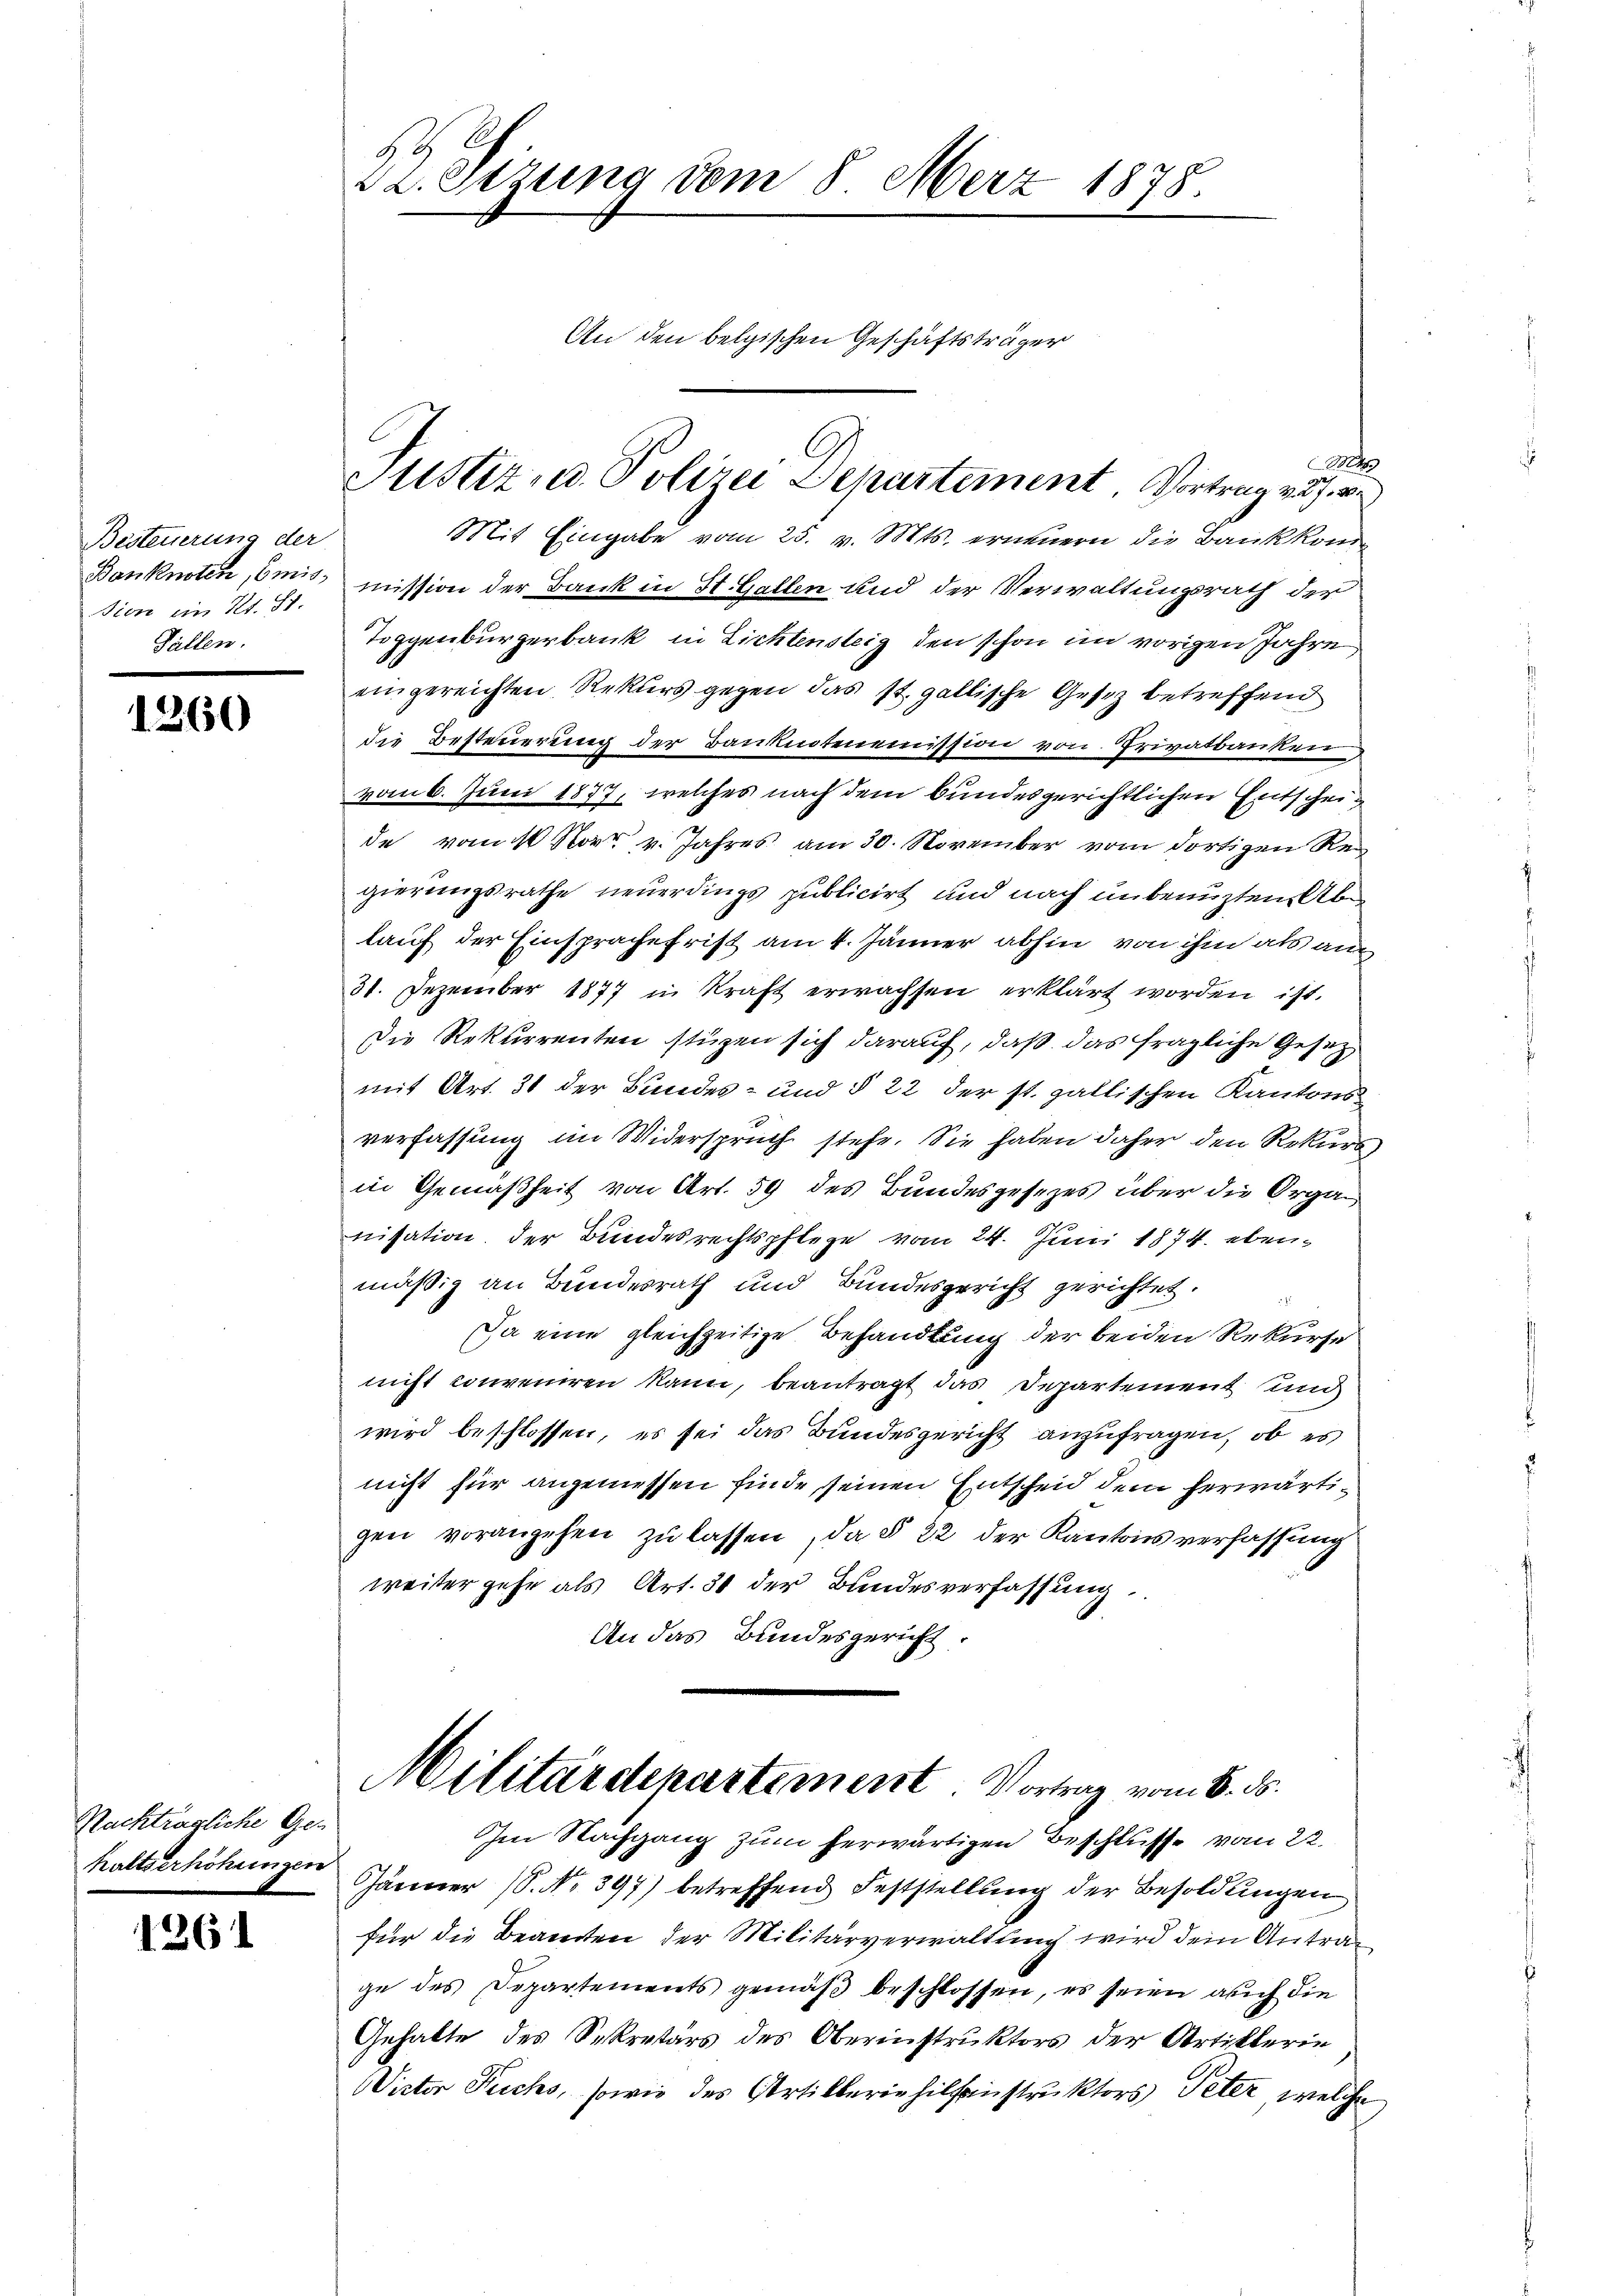
Besteuerung der
sien im Kt. St.
Fällen.

1260

Nackträgliche Ges
haltserhöhungen

1261

22. Sizung vom 8. Merz 1878.

An den belgischen Geschäftsträger

t
Mit Eingabe vom 25. v. Mts. erneuern die Bankkom¬
Banknoten, Emis, mission der Bank in St. Gallen und der Verwaltungsrath der
Toggenburgerbank in Lichtensteig, den schon im vorigen Jahre
eingereichten Rekurs gegen das st. gallische Gesez betreffend
die Besteuerung der Banknotenemission von Privatbanken
vom 6. Juni 1877, welches nach dem bundesgerichtlichen Entscheide vom 10. Nov. v. Jahres am 30. November vom dortigen Regierungsrathe neuerdings publicirt und nach unbenuzten Ablauf der Einsprachefrist am 4. Jänner abhin von ihm als an
31. Dezember 1877 in Kraft erwachsen erklärt worden ist.
Die Rekurrenten stüzen sich darauf, daß das fragliche Gesetz
mit Art. 31 der Bundes- und § 22 der st. gallischen Kantons
verfassung im Widerspruch stehe. Sie haben daher den Rekurs
in Gemäßheit von Art. 59 des Bundesgesezes über die Organ
nisation der Bundesrechtspflege vom 24. Juni 1874. ebenmäßig an Bundesrath und Bundesgericht gerichtet
Da eine gleichzeitige Behandlung der beiden Rekurse
nicht conveniren kann, beantragt das Departement und
wird beschlossen, es sei das Bundesgericht anzufragen, ob es
nicht für angemessen finde, seinen Entscheid dem herwärtigen vorangehen zŭ lassen, da § 22 der Kantons verfassung
weiter gehe als Art. 31 der Bundesverfassung
An das Bundesgericht

Mstiz- u. Polizei Departement. Vortrag von we

Militärdepartement. Vortrag vom 6. ds.
Im Nachgang zum herwärtigen Beschlusse vom 22.

Jänner (S. Nr. 397) betreffend Feststellŭng der Besoldŭngen
für die Beamten der Militärverwaltung wird dem Antrage des Departements gemäß beschlossen, es seien auch die
Gehalte des Sekretärs des Oberinstruktors der Artiklerin
Wister Fuchs, sowie des Artikleriehilfenstruktors Peter, welche